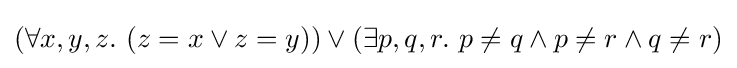
(\forall x,y,z.\ (z=x\lor z=y))\lor (\exists p,q,r.\ p\neq q\land p\neq r\land q\neq r)